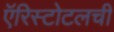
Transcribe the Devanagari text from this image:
ऍरिस्टोटलची